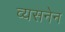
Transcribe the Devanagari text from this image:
व्यसनेन